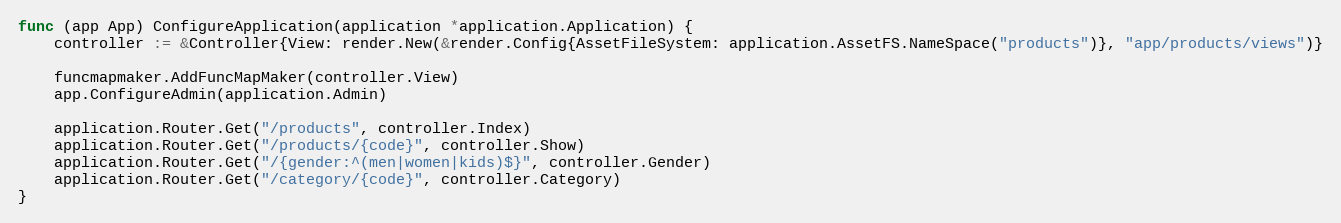
Language: Go
func (app App) ConfigureApplication(application *application.Application) {
	controller := &Controller{View: render.New(&render.Config{AssetFileSystem: application.AssetFS.NameSpace("products")}, "app/products/views")}

	funcmapmaker.AddFuncMapMaker(controller.View)
	app.ConfigureAdmin(application.Admin)

	application.Router.Get("/products", controller.Index)
	application.Router.Get("/products/{code}", controller.Show)
	application.Router.Get("/{gender:^(men|women|kids)$}", controller.Gender)
	application.Router.Get("/category/{code}", controller.Category)
}